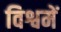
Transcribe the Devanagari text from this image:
विश्वमें